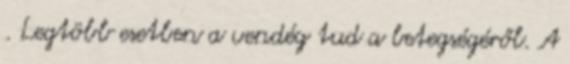
. Legtöbb esetben a vendég tud a betegségéről. A